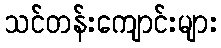
သင်တန်းကျောင်းများ